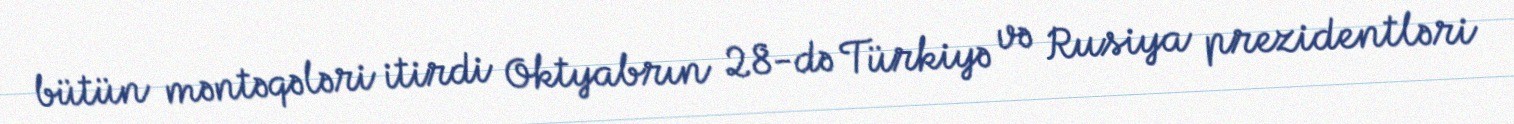
bütün məntəqələri itirdi Oktyabrın 28-də Türkiyə və Rusiya prezidentləri